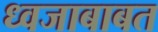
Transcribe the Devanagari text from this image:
ध्वजाबाबत